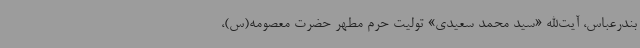
بندرعباس، آیت‌الله «سید محمد سعیدی» تولیت حرم مطهر حضرت معصومه(س)،